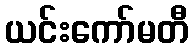
ယင်းကော်မတီ